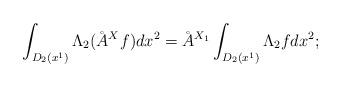
LaTeX: \begin{align*}\int_{D_2(x^1)} \Lambda_2 (\AA^X f) dx^2 = \AA^{X_1} \int_{D_2(x^1)} \Lambda_2 f dx^2;\end{align*}